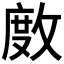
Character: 𢾅